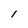
Character: I